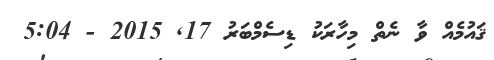
ޤައުމެއް ވާ ނެތް މިހާރަކު ޑިސެމްބަރު 17